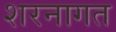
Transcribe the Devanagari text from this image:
शरनागत